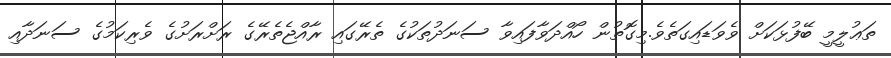
ތަޢުލީމީ ބޭފުޅަކަށް ވެވަޑައިގަތެވެ.މިގޮތުން ހޯއްދަވާފައިވާ ސަނަދުތަކުގެ ތެރޭގައި ރާއްޖެތެރޭގެ ރަށްރަށުގެ ވެރިކަމުގެ ސަނަދާއި